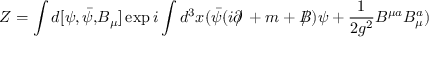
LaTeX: Z = \int d [ \psi , \bar { \psi , } B _ { \mu } ] \exp i \int d ^ { 3 } x ( \bar { \psi } ( i \partial \! \! \! / \, + m + B \! \! \! \! / \, ) \psi + \frac { 1 } { 2 g ^ { 2 } } B ^ { \mu a } B _ { \mu } ^ { a } )